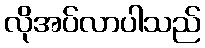
လိုအပ်လာပါသည်